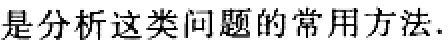
是分析这类问题的常用方法.